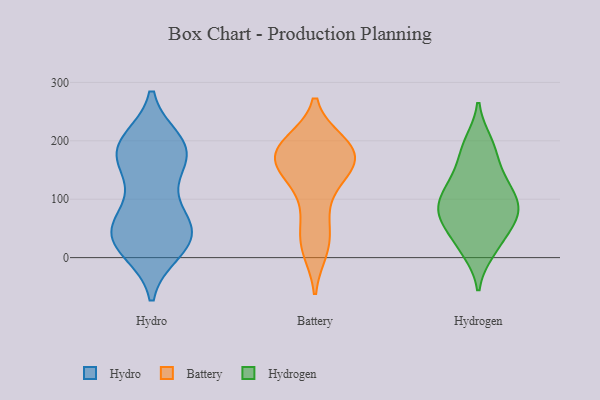
{"axis": {"x": "Waste Production (Tons)", "y": "Value"}, "legend": ["Battery", "Hydro", "Hydrogen"], "data": [{"x": "", "y": 176, "type": "Hydro"}, {"x": "", "y": 50, "type": "Hydro"}, {"x": "", "y": 46, "type": "Hydro"}, {"x": "", "y": 18, "type": "Hydro"}, {"x": "", "y": 191, "type": "Hydro"}, {"x": "", "y": 12, "type": "Hydro"}, {"x": "", "y": 53, "type": "Hydro"}, {"x": "", "y": 196, "type": "Hydro"}, {"x": "", "y": 118, "type": "Hydro"}, {"x": "", "y": 175, "type": "Hydro"}, {"x": "", "y": 28, "type": "Hydro"}, {"x": "", "y": 151, "type": "Hydro"}, {"x": "", "y": 80, "type": "Hydro"}, {"x": "", "y": 179, "type": "Hydro"}, {"x": "", "y": 16, "type": "Hydro"}, {"x": "", "y": 186, "type": "Hydro"}, {"x": "", "y": 46, "type": "Hydro"}, {"x": "", "y": 54, "type": "Hydro"}, {"x": "", "y": 199, "type": "Hydro"}, {"x": "", "y": 79, "type": "Battery"}, {"x": "", "y": 60, "type": "Battery"}, {"x": "", "y": 194, "type": "Battery"}, {"x": "", "y": 140, "type": "Battery"}, {"x": "", "y": 168, "type": "Battery"}, {"x": "", "y": 180, "type": "Battery"}, {"x": "", "y": 25, "type": "Battery"}, {"x": "", "y": 190, "type": "Battery"}, {"x": "", "y": 159, "type": "Battery"}, {"x": "", "y": 137, "type": "Battery"}, {"x": "", "y": 192, "type": "Battery"}, {"x": "", "y": 168, "type": "Battery"}, {"x": "", "y": 180, "type": "Battery"}, {"x": "", "y": 196, "type": "Battery"}, {"x": "", "y": 131, "type": "Battery"}, {"x": "", "y": 19, "type": "Battery"}, {"x": "", "y": 14, "type": "Battery"}, {"x": "", "y": 168, "type": "Battery"}, {"x": "", "y": 142, "type": "Hydrogen"}, {"x": "", "y": 88, "type": "Hydrogen"}, {"x": "", "y": 12, "type": "Hydrogen"}, {"x": "", "y": 83, "type": "Hydrogen"}, {"x": "", "y": 123, "type": "Hydrogen"}, {"x": "", "y": 60, "type": "Hydrogen"}, {"x": "", "y": 81, "type": "Hydrogen"}, {"x": "", "y": 115, "type": "Hydrogen"}, {"x": "", "y": 24, "type": "Hydrogen"}, {"x": "", "y": 63, "type": "Hydrogen"}, {"x": "", "y": 182, "type": "Hydrogen"}, {"x": "", "y": 197, "type": "Hydrogen"}]}